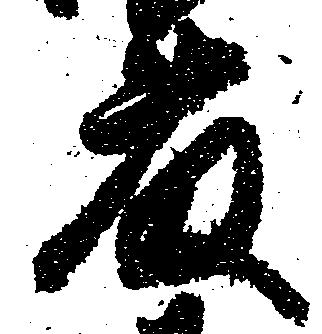
藤